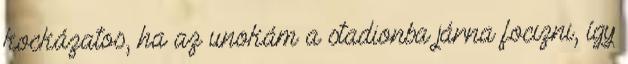
kockázatos, ha az unokám a stadionba járna focizni, így